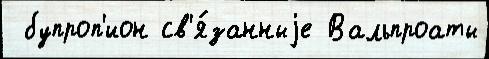
 бупроп'ион св'я́занныjе Вальпроаты